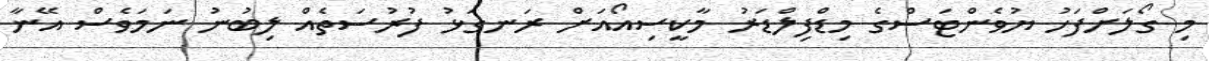
މި ގޯލަށްފަހު ޔުވެންޓަސްގެ މިޑްފިލްޑަރު މާކީސިއޯއަށް ރަނގަޅު ފުރުސަތެއް ލިބުނު ނަމަވެސް އޭނާ